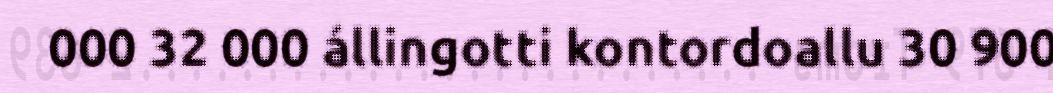
000 32 000 állingotti kontordoallu 30 900